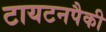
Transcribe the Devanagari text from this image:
टायटनपैकी